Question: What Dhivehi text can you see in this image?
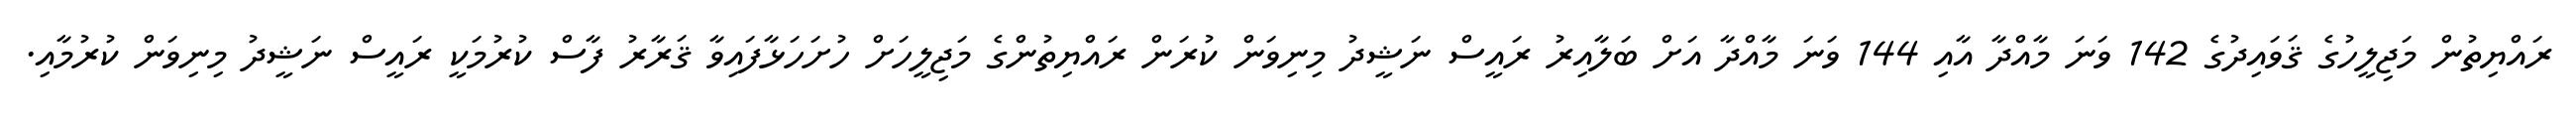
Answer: ރައްޔިތުން މަޖިލީހުގެ ޤަވައިދުގެ 142 ވަނަ މާއްދާ އާއި 144 ވަނަ މާއްދާ އަށް ބަލާއިރު ރައީސް ނަޝީދު މިނިވަން ކުރަން ރައްޔިތުންގެ މަޖިލީހަށް ހުށަހަޅާފައިވާ ޤަރާރު ފާސް ކުރުމަކީ ރައީސް ނަޝީދު މިނިވަން ކުރުމާއި.